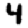
Digit: 4